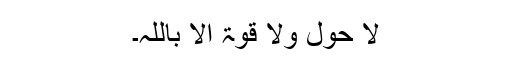
لا حول ولا قوۃ الا باللہ۔